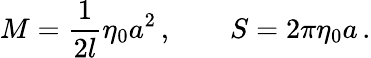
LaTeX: M=\frac{1}{2l}\eta_{0}a^{2}\, ,\qquad S=2\pi\eta_{0}a\, .